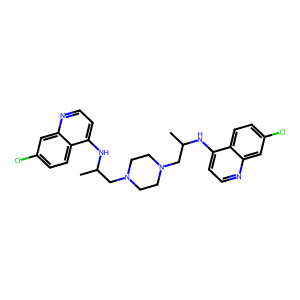
SMILES: CC(CN1CCN(CC(C)Nc2ccnc3cc(Cl)ccc23)CC1)Nc1ccnc2cc(Cl)ccc12
Inhibits HIV replication: No